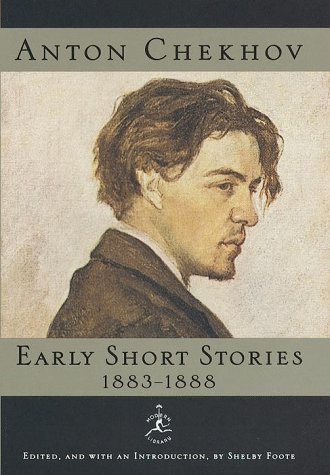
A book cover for Anton Chekhov Early Short Stories, 1883-1888 (Modern Library); Anton Chekhov; Literature & Fiction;